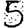
Digit: 5